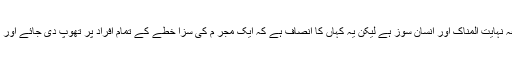
۱۴ ماہ کی ننھی سی بچی کے ساتھ درندگی کا یہ واقعہ نہایت المناک اور انسان سوز ہے لیکن یہ کہاں کا انصاف ہے کہ ایک مجر م کی سزا خطے کے تمام افراد پر تھوپ دی جائے اور انہیں گجرات سے منتقل ہونے پر مجبور کردیا جائے۔